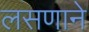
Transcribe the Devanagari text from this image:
लसणाने